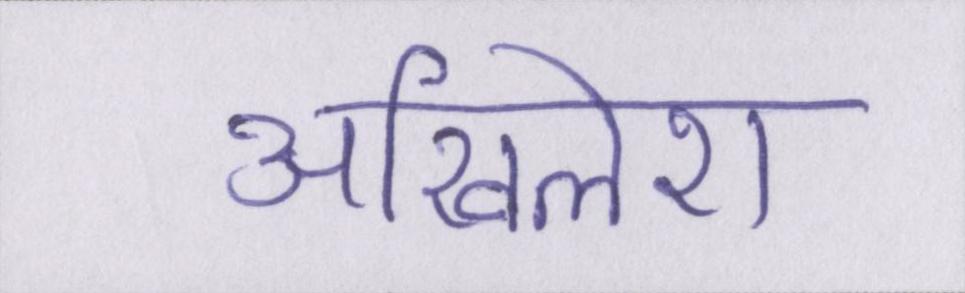
अखिलेश